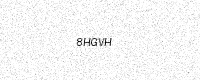
Text: 8HGVH